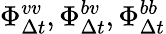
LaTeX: \Phi_{\Delta t}^{vv},\Phi_{\Delta t}^{bv},\Phi_{\Delta t}^{bb}